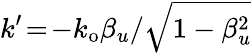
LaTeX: k^{\prime}\! =\! -k_{\mathrm{o}}\beta_{u}/\sqrt{1-\beta_{u}^{2}}